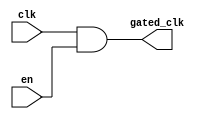
module clock_gating_buffer (
    input wire clk,         // Primary clock signal
    input wire en,          // Enable signal for clock gating
    output wire gated_clk   // Gated clock output
);

// Clock gating logic using AND gate approach
assign gated_clk = clk & en; // Output gated clock is the AND of clk and en

endmodule